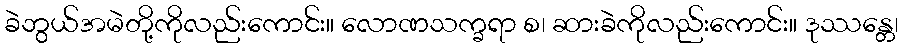
ခဲဘွယ်အမဲတို့ကိုလည်းကောင်း။ လောဏသက္ခရာ စ၊ ဆားခဲကိုလည်းကောင်း။ ဒုဿန္တေ၊